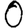
Digit: 0